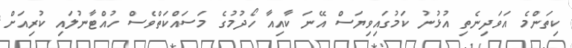
ކިތަންމެ އަވަދިނެތި އުޅުނު ކަމުގައިވިޔަސް އޭނަ ކާއިއާ ހޯދުމުގެ މަސައްކަތްވެސް ހުއްޓާނުލައި ކުރިއަށް